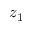
z _ { 1 }